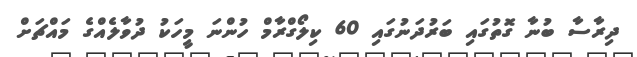
ދިރާސާ ބުނާ ގޮތުގައި ބަރުދަނުގައި 60 ކިލޯގްރާމް ހުންނަ މީހަކު ދުވާލެއްގެ މައްޗަށް